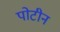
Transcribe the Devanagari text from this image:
पोटीन